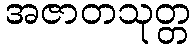
အဇာတသုတ္တ